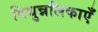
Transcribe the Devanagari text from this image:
विद्युन्नलिकाएँ